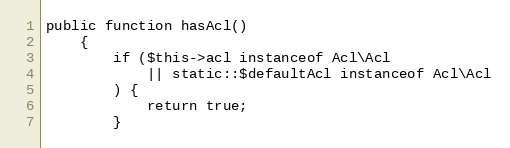
Language: PHP
public function hasAcl()
    {
        if ($this->acl instanceof Acl\Acl
            || static::$defaultAcl instanceof Acl\Acl
        ) {
            return true;
        }